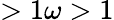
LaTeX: >1\omega>1